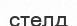
стелд